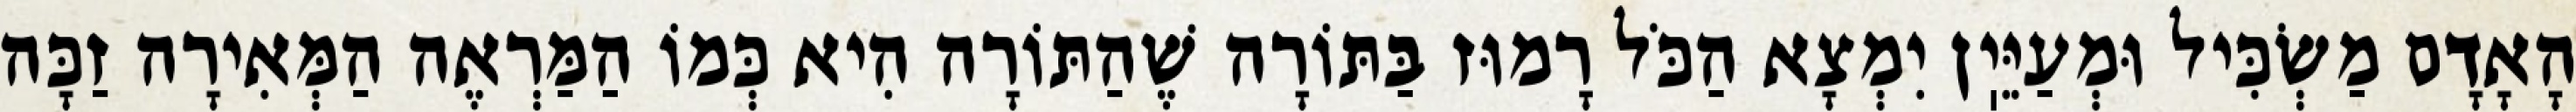
הָאָדָם מַשְׂכִּיל וּמְעַיֵּיֽן יִמְצָא הַכֹּל רָמוּז בַּתּוֹרָה שֶׁהַתּוֹרָה הִיא כְּמוֹ הַמַּרְאֶה הַמְּאִירָה זַכָּה